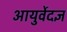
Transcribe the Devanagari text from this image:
आयुर्वेदज्ञ